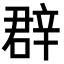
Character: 𨐚